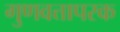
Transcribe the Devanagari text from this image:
गुणवत्तापरक